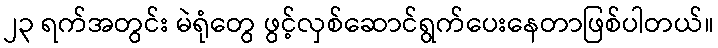
၂၃ ရက်အတွင်း မဲရုံတွေ ဖွင့်လှစ်ဆောင်ရွက်ပေးနေတာဖြစ်ပါတယ်။